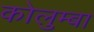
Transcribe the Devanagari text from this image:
कोलुम्बा